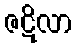
ဇဋိလာ